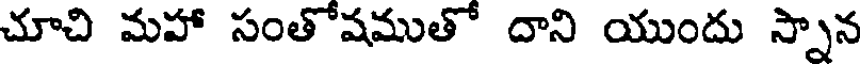
చూచి మహా సంతోషముతో దాని యుందు స్నాన